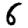
Digit: 6